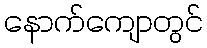
နောက်ကျောတွင်